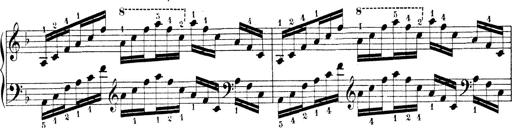
Title: Technische Studien
Composer: Franz Liszt